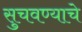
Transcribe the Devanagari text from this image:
सुचवण्याचे